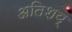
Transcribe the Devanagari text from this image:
अतिशय्